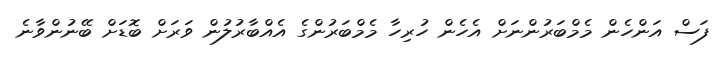
ފަސް އަންހެން މެމްބަރުންނަށް އެހެން ހުރިހާ މެމްބަރުންގެ އެއްބާރުލުން ވަރަށް ބޮޑަށް ބޭނުންވާނެ